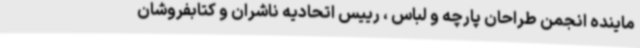
ماینده انجمن طراحان پارچه و لباس ، رییس اتحادیه ناشران و کتابفروشان